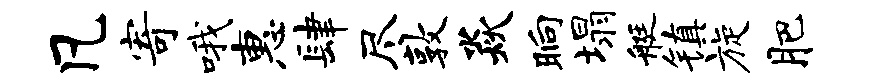
凡寄哦惠肆尽敦焱晌塌艇镇旋肥